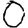
Digit: 0